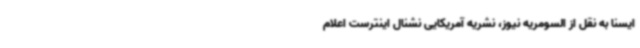
ایسنا به نقل از السومریه نیوز، نشریه آمریکایی نشنال اینترست اعلام